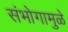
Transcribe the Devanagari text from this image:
संभोगामुळे